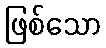
ဖြစ်သော